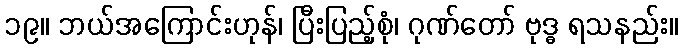
၁၉။ ဘယ်အကြောင်းဟုန်၊ ပြီးပြည့်စုံ၊ ဂုဏ်တော် ဗုဒ္ဓ ရသနည်း။